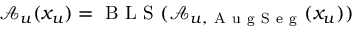
\mathcal { A } _ { u } ( x _ { u } ) = \mathrm { ~ B ~ L ~ S ~ } ( \mathcal { A } _ { u , \mathrm { ~ A ~ u ~ g ~ S ~ e ~ g ~ } } ( x _ { u } ) )